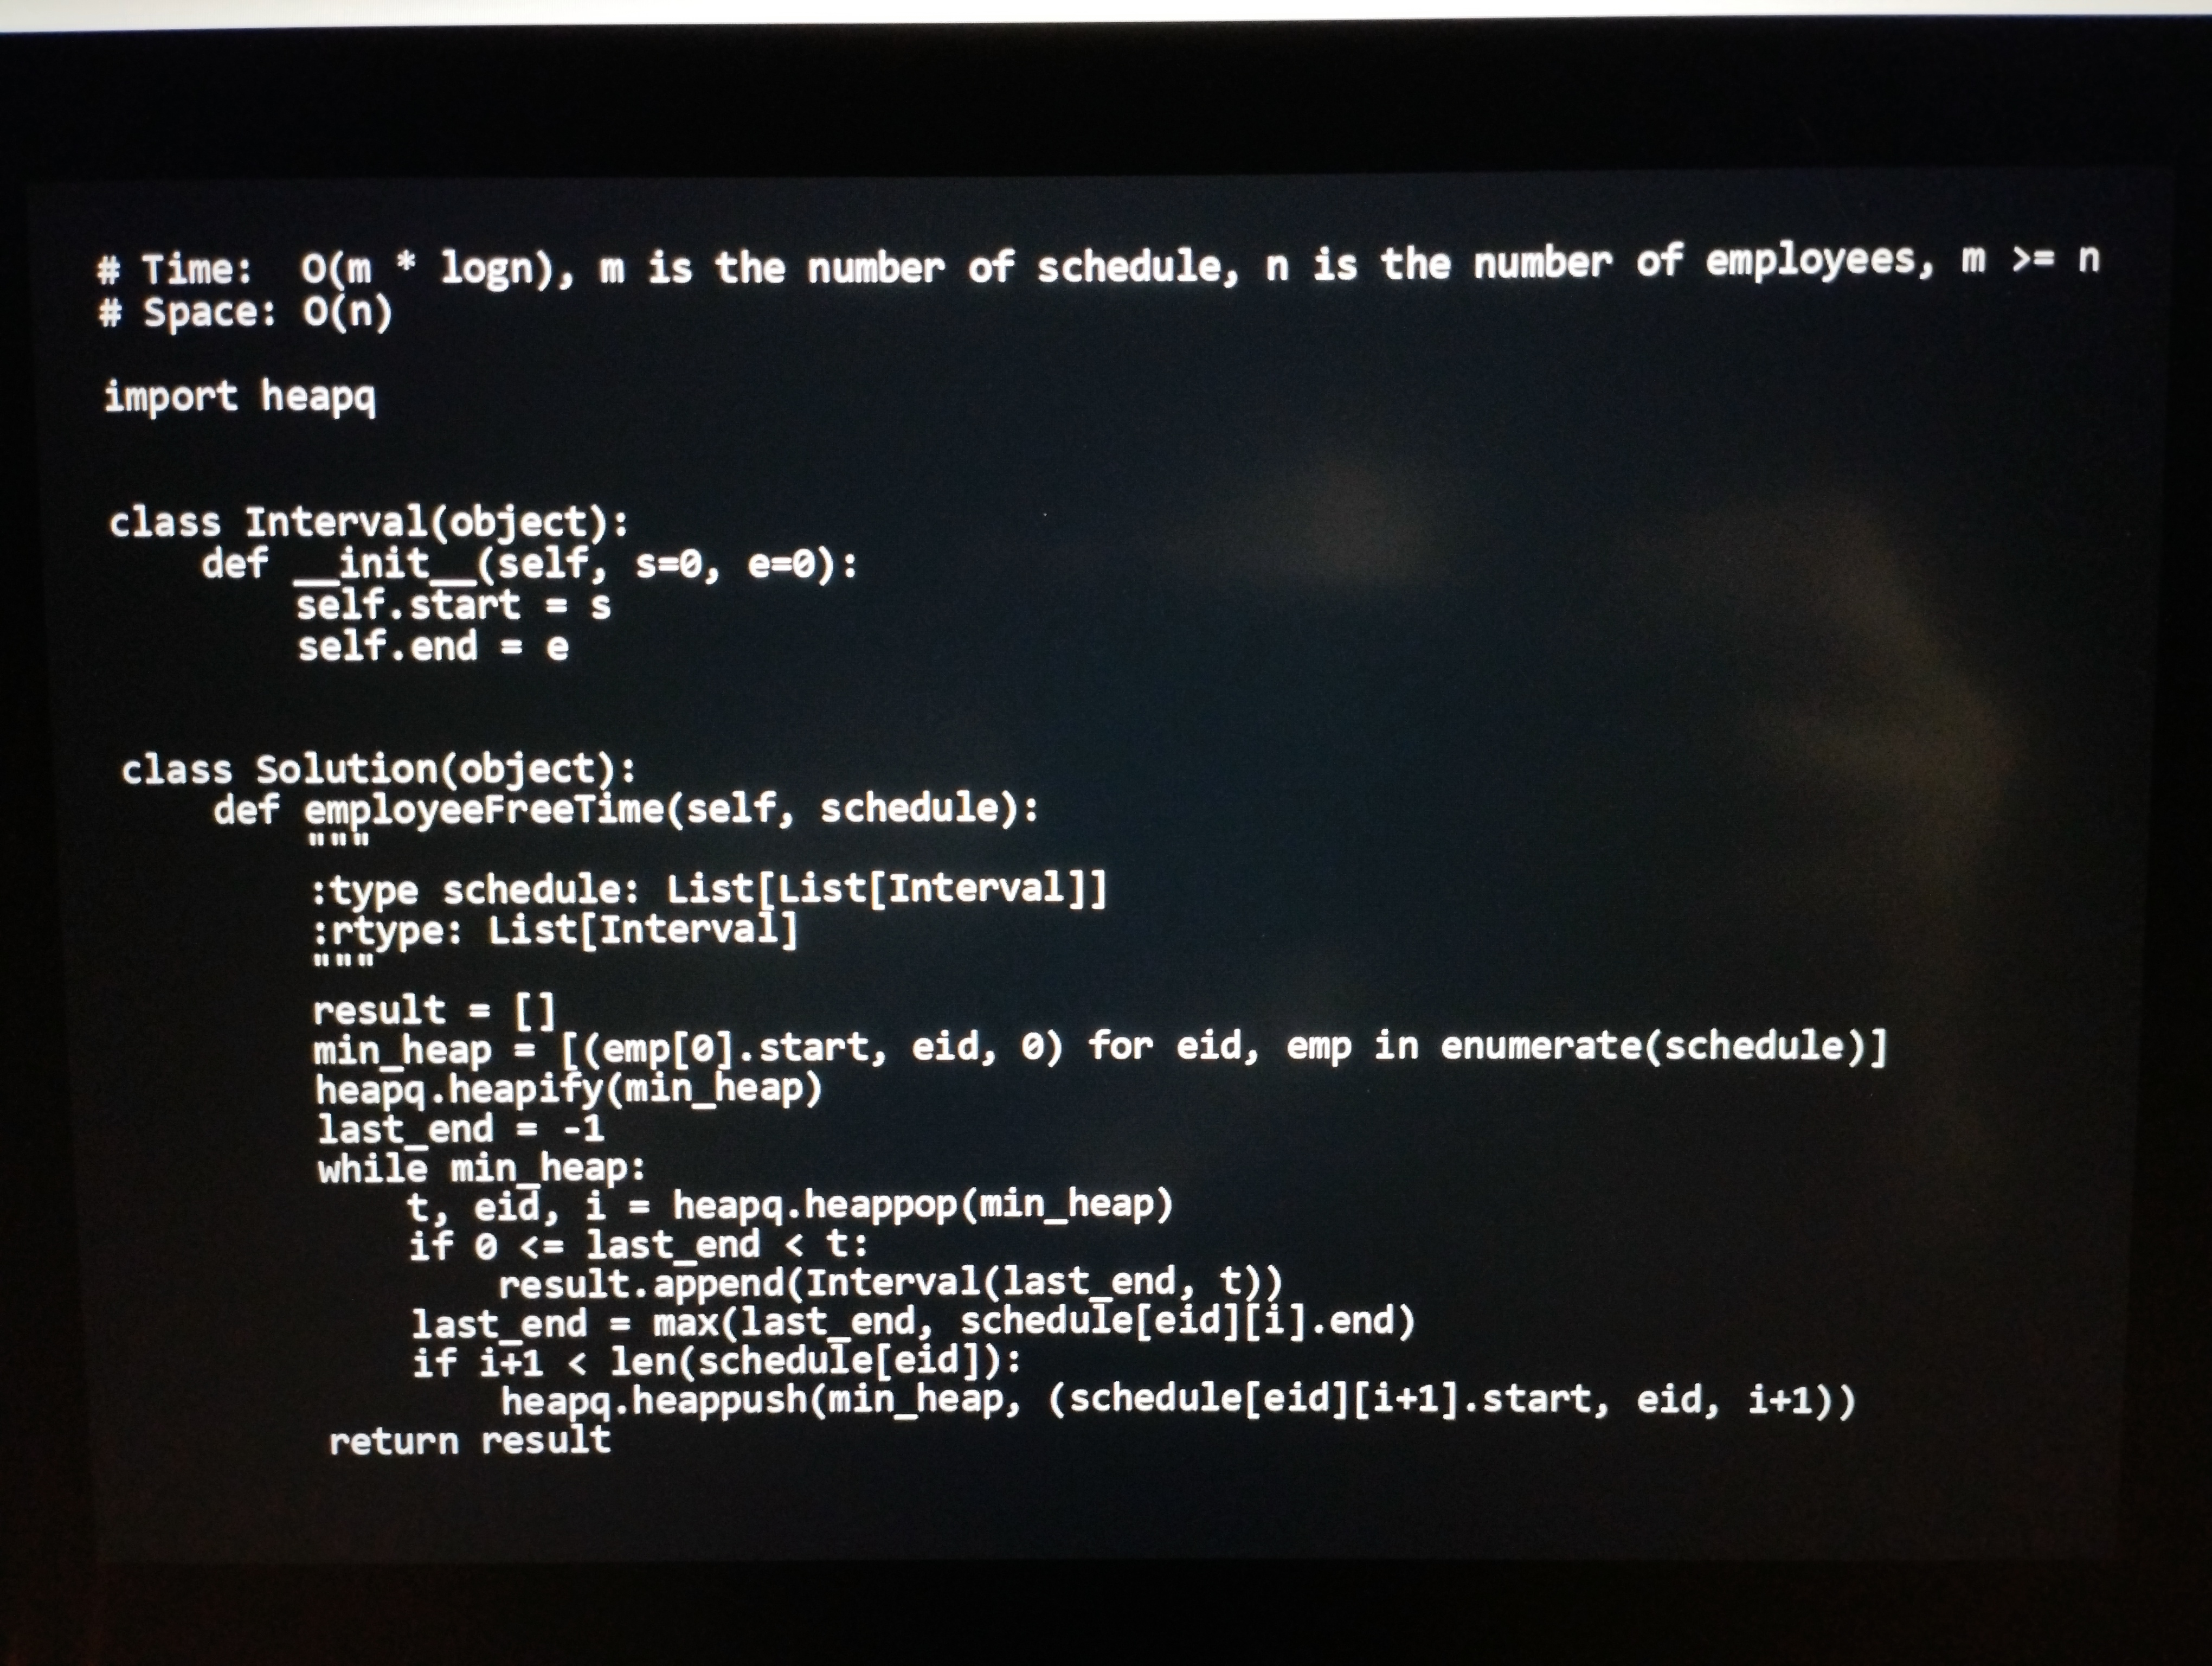
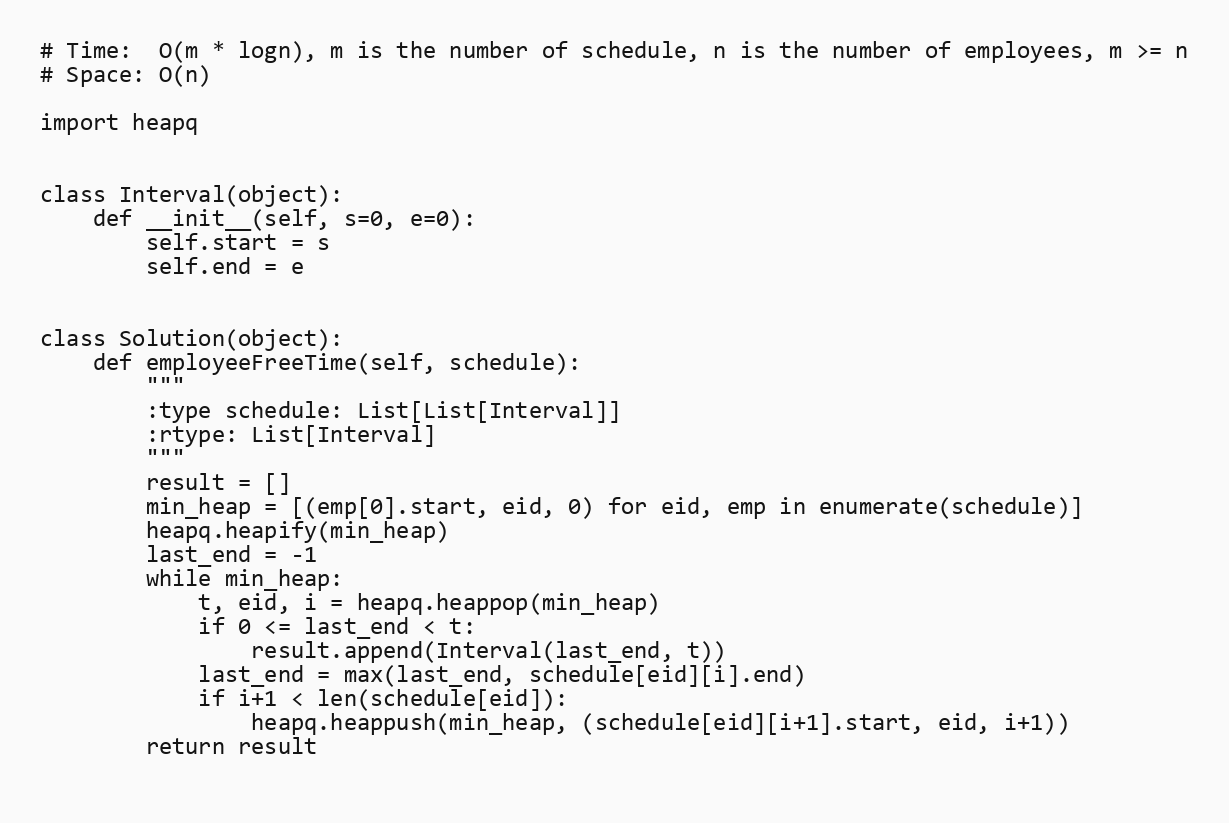
# Time:  O(m * logn), m is the number of schedule, n is the number of employees, m >= n
# Space: O(n)

import heapq

class Interval(object):
    def __init__(self, s=0, e=0):
        self.start = s
        self.end = e

class Solution(object):
    def employeeFreeTime(self, schedule):
        """
        :type schedule: List[List[Interval]]
        :rtype: List[Interval]
        """
        result = []
        min_heap = [(emp[0].start, eid, 0) for eid, emp in enumerate(schedule)]
        heapq.heapify(min_heap)
        last_end = -1
        while min_heap:
            t, eid, i = heapq.heappop(min_heap)
            if 0 <= last_end < t:
                result.append(Interval(last_end, t))
            last_end = max(last_end, schedule[eid][i].end)
            if i+1 < len(schedule[eid]):
                heapq.heappush(min_heap, (schedule[eid][i+1].start, eid, i+1))
        return result